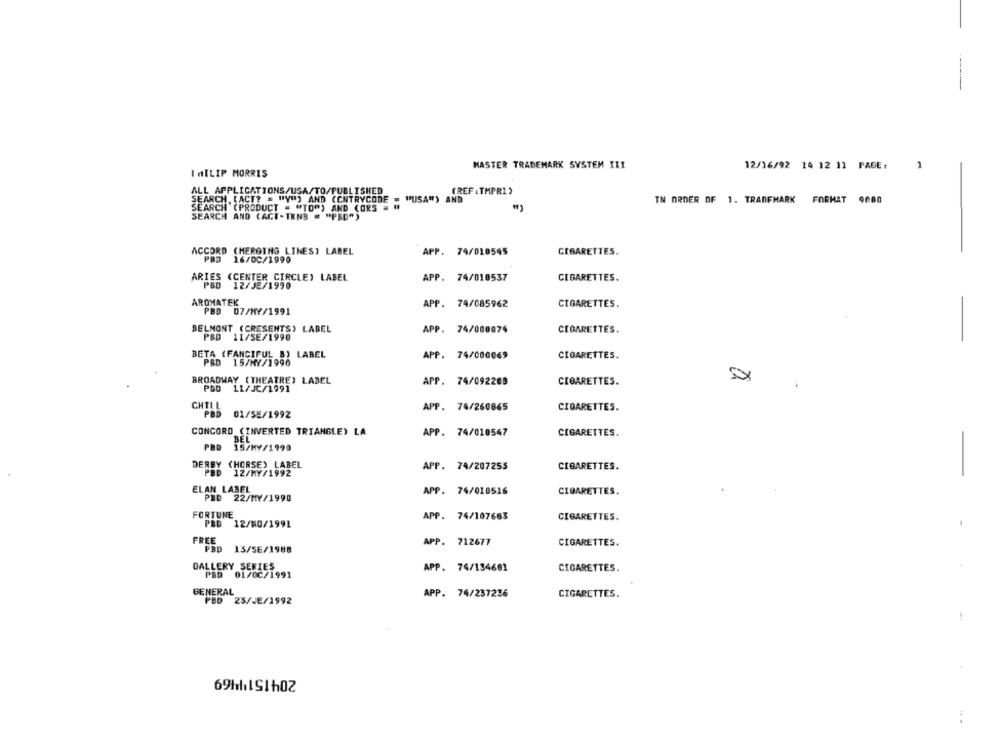
MASTER TRADEMARK SYSTEM ITY
12/16/92 14 12 11 PAGE:
1
InILIP MORRIS
ALL APPLICATIONS/USA/TO/PUBLISHED
(REF . TMPR1 )
SEARCH (ACT? = "Y") AND (CNTRYCODE = "USA") AND
IN ORDER OF 1. TRANFMARK FORMAT 9000
SEARCH (PRODUCT = "TO") AND CORS = "
SEARCH AND CACT-TENB = "PED")
ACCORD CHERGING LINES) LABEL
APP. 74/010545
CIGARETTES.
PRD 16/00/1990
ARIES (CENTER CIRCLE) LABEL
APP. 74/010537
CIGARETTES.
PBD 12/JE/1990
AROMATEK
APP. 74/085962
CIGARETTES.
PBD 07/MY/1991
-
BELMONT (CRESENTS) LABEL
APP. 74/000074
CIGARETTES.
PBD 11/SE/1990
BETA (FANCIFUL B) LABEL
APP. 74/000069
CIGARETTES.
PBD 15/MY/1990
BROADWAY (THEATRE) LABEL
APP. 74/092209
CIGARETTES.
PDD LL/JC/1991
CHTIL
APP. 74/260865
CIGARETTES.
PBD 01/SE/1992
CONCORD (INVERTED TRIANGLE) LA
BEL
APP. 74/010547
CIGARETTES.
15/MY/1990
DERBY (HORSE) LABEL
APP. 74/207255
CIGARETTES.
12/MY/1992
ELAN LABEL
PED 22/MY/1990
APP. 74/010516
CIGARETTES.
FORTUNE
APP. 74/107683
CIGARETTES.
PRD 12/00/1991
FREE
APP. 712677
PBD 13/5E/1988
CIGARETTES.
GALLERY SERIES
APP. 74/134601
CIGARETTES.
PBD
01/0C/1991
GENERAL
APP. 74/237236
PBD 23/JE/1992
CIGARETTES.
20415141469